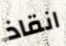
انقاذ